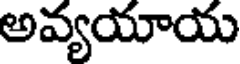
అవ్యయాయ